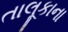
તાલૂકાના